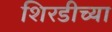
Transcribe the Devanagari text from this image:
शिरडीच्या